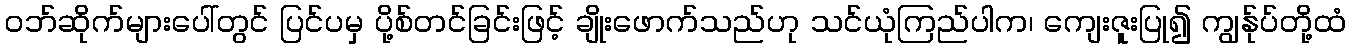
ဝဘ်ဆိုက်များပေါ်တွင် ပြင်ပမှ ပို့စ်တင်ခြင်းဖြင့် ချိုးဖောက်သည်ဟု သင်ယုံကြည်ပါက၊ ကျေးဇူးပြု၍ ကျွန်ုပ်တို့ထံ